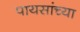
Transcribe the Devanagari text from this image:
पायसांच्या